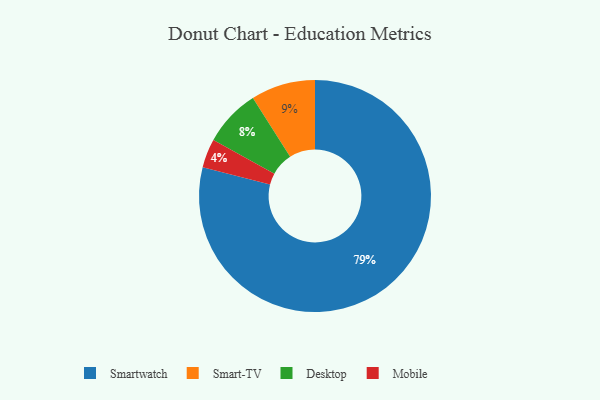
{"axis": {"x": "Category", "y": "Percentage"}, "legend": ["Desktop", "Mobile", "Smart-TV", "Smartwatch"], "data": [{"x": "Smartwatch", "y": 79, "type": "Smartwatch"}, {"x": "Mobile", "y": 4, "type": "Mobile"}, {"x": "Desktop", "y": 8, "type": "Desktop"}, {"x": "Smart-TV", "y": 9, "type": "Smart-TV"}]}